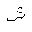
Letter: _shin